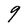
Character: 9